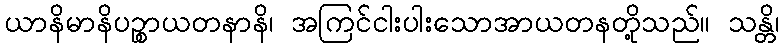
ယာနိမာနိပဉ္စာယတနာနိ၊ အကြင်ငါးပါးသောအာယတနတို့သည်။ သန္တိ၊